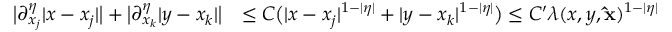
\begin{array} { r l } { \big | \partial _ { x _ { j } } ^ { \eta } | x - x _ { j } | \big | + \big | \partial _ { x _ { k } } ^ { \eta } | y - x _ { k } | \big | } & { \le C \big ( | x - x _ { j } | ^ { 1 - | \eta | } + | y - x _ { k } | ^ { 1 - | \eta | } \big ) \le C ^ { \prime } \lambda ( x , y , \mathbf { \hat { x } } ) ^ { 1 - | \eta | } } \end{array}